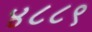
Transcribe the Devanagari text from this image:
४८८९